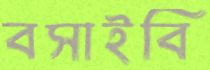
বসাইবি